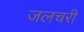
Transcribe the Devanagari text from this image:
जलचरी